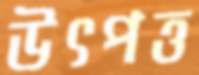
উৎপত্ত